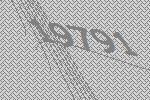
19791